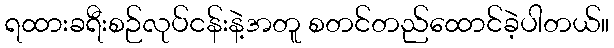
ရထားခရီးစဉ်လုပ်ငန်းနဲ့အတူ စတင်တည်ထောင်ခဲ့ပါတယ်။